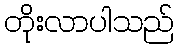
တိုးလာပါသည်